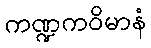
ကဏ္ဍကဝိမာနံ